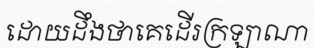
ដោយដឹងថាគេដើរក្រឡាណា